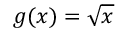
g ( x ) = { \sqrt { x } }